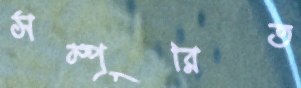
সম্পূরিত